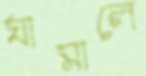
ঘামালে